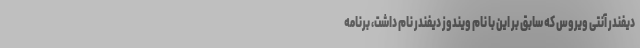
دیفندر آنتی ویروس که سابق بر این با نام ویندوز دیفندر نام داشت، برنامه